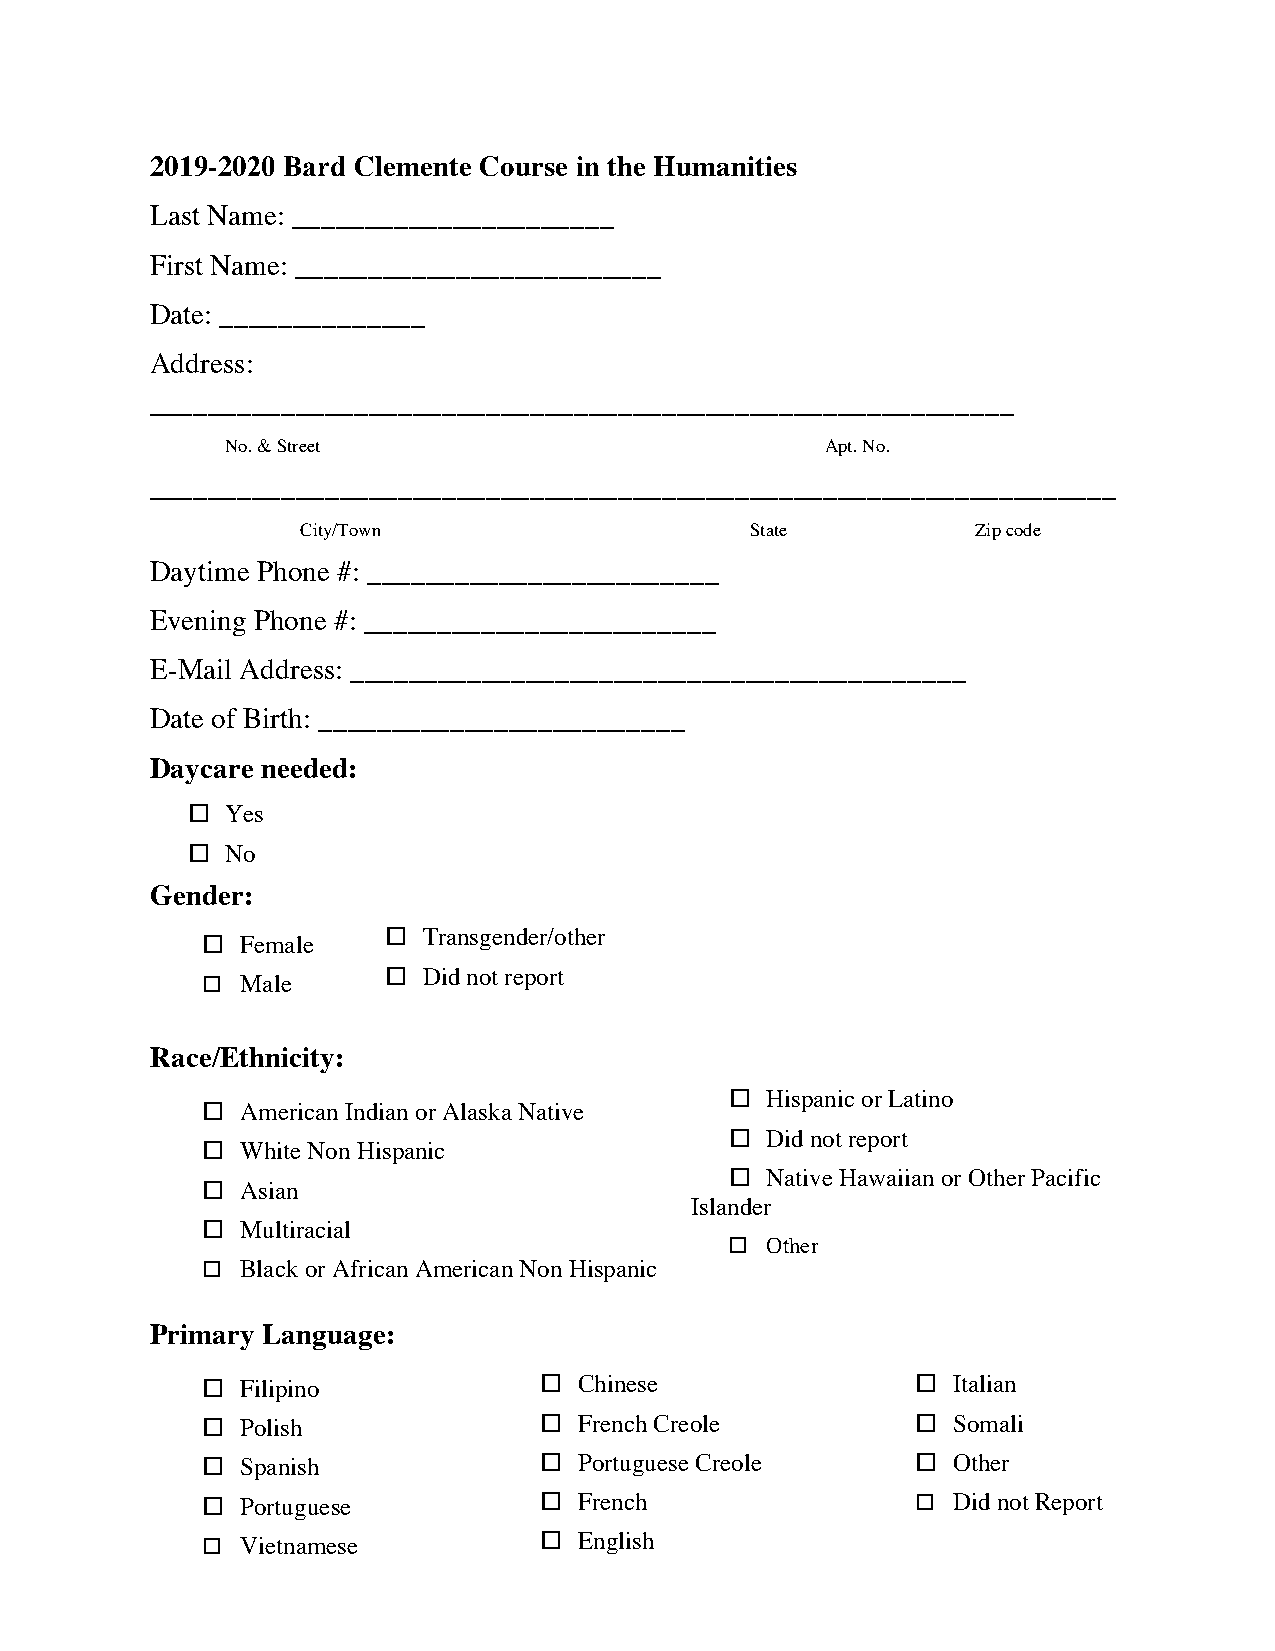
2019-2020 Bard Clemente Course in the Humanities
 Last Name: ______________________
 First Name: _________________________
 Date: ______________
 Address:
 ___________________________________________________________
 No. & Street                            Apt. No.
 __________________________________________________________________
 City/Town                     State          Zip code
 Daytime Phone #: ________________________
 Evening Phone #: ________________________
 E-Mail Address: __________________________________________
 Date of Birth: _________________________
 Daycare needed:
 o  Yes
 o  No
 Gender:
 o  Transgender/other
 o  Female
 o  Did not report
 o  Male
 Race/Ethnicity:
 o  Hispanic or Latino
 o  American Indian or Alaska Native
 o  Did not report
 o  White Non Hispanic
 o  Native Hawaiian or Other Pacific
 o  Asian
 Islander
 o  Multiracial
 o  Other
 o  Black or African American Non Hispanic
 Primary Language:
 o  Filipino            o Chinese                o Italian
 o  Polish              o French Creole          o Somali
 o  Spanish             o Portuguese Creole      o Other
 o  Portuguese          o French                 o Did not Report
 o  Vietnamese          o English